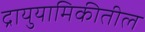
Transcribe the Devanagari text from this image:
द्रायुयामिकीतील